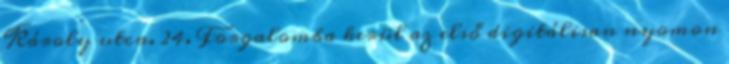
Károly utca. 24. Forgalomba kerül az első digitálisan nyomon